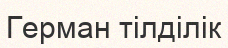
Герман тілділік